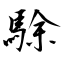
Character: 駼